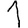
Digit: 1